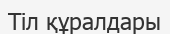
Тіл құралдары